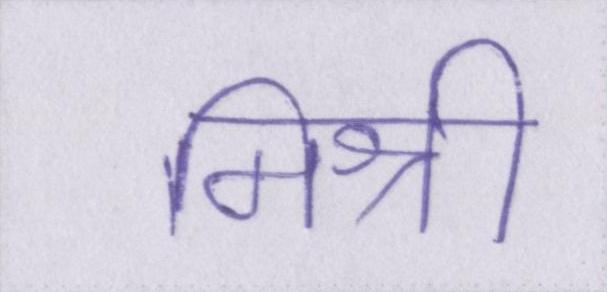
मिश्री